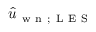
\hat { u } _ { \mathrm { ~ w ~ n ~ } ; \mathrm { ~ L ~ E ~ S ~ } }